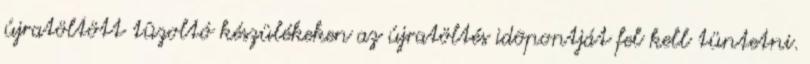
újratöltött tûzoltó készülékeken az újratöltés idõpontját fel kell tüntetni.